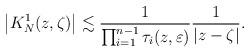
LaTeX: \begin{align*}\left|K_{N}^{1}(z,\zeta)\right|\lesssim\frac{1}{\prod_{i=1}^{n-1}\tau_{i}(z,\varepsilon)}\frac{1}{\left|z-\zeta\right|}.\end{align*}